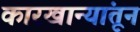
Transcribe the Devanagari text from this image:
कारखान्यांतून